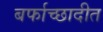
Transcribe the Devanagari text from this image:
बर्फाच्छादीत